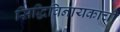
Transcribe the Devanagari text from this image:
सिद्धिविनायकाची